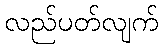
လည်ပတ်လျက်